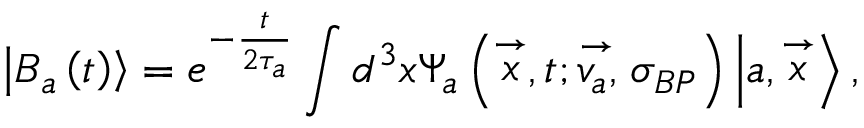
\left| B _ { a } \left( t \right) \right\rangle = e ^ { - \frac t { 2 \tau _ { a } } } \int d ^ { 3 } x \Psi _ { a } \left( \stackrel { \rightarrow } { x } , t ; \stackrel { \rightarrow } { v _ { a } , } \sigma _ { B P } \right) \left| a , \stackrel { \rightarrow } { x } \right\rangle ,